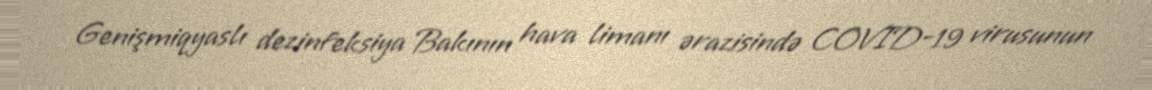
Genişmiqyaslı dezinfeksiya Bakının hava limanı ərazisində COVID-19 virusunun